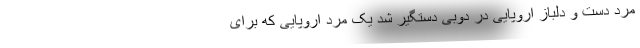
مرد دست و دلباز اروپایی در دوبی دستگیر شد یک مرد اروپایی که برای